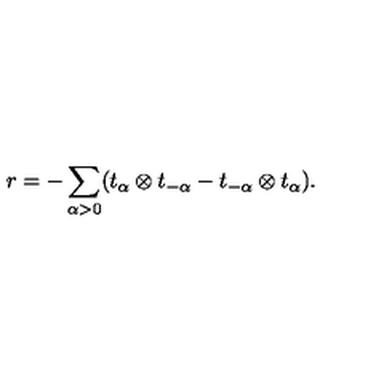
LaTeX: r = - \sum _ { \alpha > 0 } ( t _ { \alpha } \otimes t _ { - \alpha } - t _ { - \alpha } \otimes t _ { \alpha } ) .